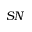
S N